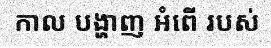
កាល បង្ហាញ អំពើ របស់